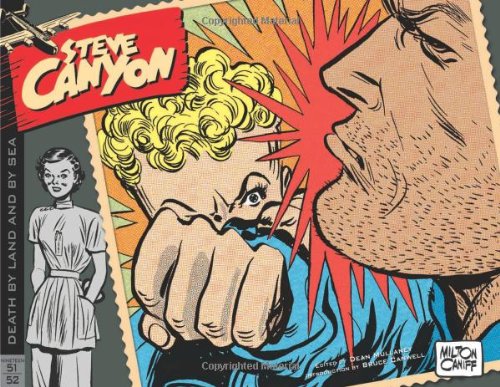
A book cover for Steve Canyon Volume 3: 1951-1952; Milton Caniff; Humor & Entertainment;